Report on the lunatic asylums under the Government of Bombay - 1904-1913
Year: 1904
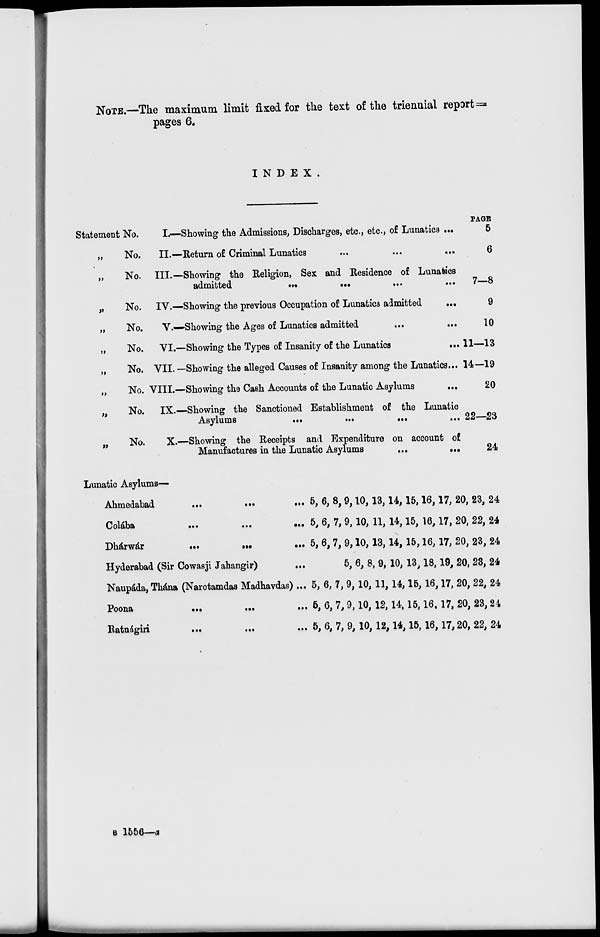
NOTE.—The maximum limit fixed for the text of the triennial report ==
pages 6.
INDEX.
Statement No.
„
No.
„
No.
„
No.
No.
No.
No.
No.
„
No.
„
No.
I.—Showing the Admissions, Discharges, etc., etc., of Lunatics ...
II.—Return of Criminal Lunatics ... ... ... ... ...
III.—Showing the Religion, Sex and Residence of Lunatics
admitted
...
...
...
...
...
IV.—Showing the previous Occupation of Lunatics admitted
...
V.—Showing the Ages of Lunatics admitted
...
...
VI.—Showing the Types of Insanity of the Lunatics
...
VII. —Showing the alleged Causes of Insanity among the Lunatics...
VIII.—Showing the Cash Accounts of the Lunatic Asylums
...
IX.—Showing the Sanctioned Establishment of the Lunatic
Asylums
...
...
...
X.—Showing the Receipts and Expenditure on account of
Manufactures in the Lunatic Asylums
...
...
PAGE
5
6
7—8
9
10
11—13
14 ––19
20
22—23
24
Lunatic Asylums—
Ahmedabad
...
...
...
Colába
...
...
...
Dhárwár
...
...
...
Hyderabad (Sir Cowasji Jahangir)
...
Naupáda, Thána (Narotamdas Madhavdas) ...
Poona
...
...
...
Ratnágiri
...
...
...
5, 6, 8, 9,10,13,14, 15,16,17, 20, 23, 24
5, 6, 7, 9,10, 11, 14,15, 16,17, 20, 22, 24
5, 6, 7, 9,10, 13,14, 15,16, 17, 20, 23, 24
5, 6, 8, 9, 10, 13,18,19, 20, 23, 24
5, 6, 7, 9,10, 11,14,15,16,17, 20, 22, 24
5, 6, 7,9,10, 12, 14, 15,16, 17, 20, 23,24
5, 6, 7, 9, 10, 12,14,15, 16,17,20, 22, 24
B 1556—a